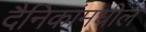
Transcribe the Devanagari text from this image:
दैनिकांमधील